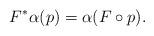
LaTeX: \begin{gather*} F^* \alpha(p) = \alpha(F\circ p) .\end{gather*}